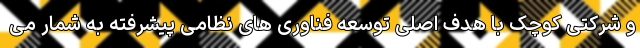
و شرکتی کوچک با هدف اصلی توسعه فناوری های نظامی پیشرفته به شمار می